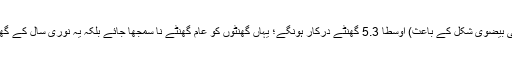
اور روشنی کی رفتار سے یہ فاصلہ طے کرنے کے لیے (سیاروی مداروں کی بیضوی شکل کے باعث) اوسطاً 5.3 گھنٹے درکار ہونگے؛ یہاں گھنٹوں کو عام گھنٹے نا سمجھا جائے بلکہ یہ نوری سال کے گھنٹے ہونگے یعنی روشنی کی رفتار سے چلنے پر یہ گھنٹے درکار ہوتے ہیں۔